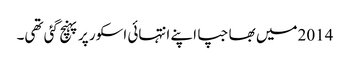
2014میں بھاجپا اپنے انتہائی اسکور پر پہنچ گئی تھی۔